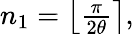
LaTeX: \begin{array}{r}{{}n_{1}=\left\lfloor\frac{\pi}{2\theta}\right\rceil,}\end{array}